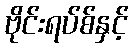
ဗိုင်းရပ်စ်နှင့်